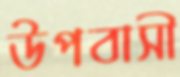
উপবাসী